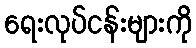
ရေးလုပ်ငန်းများကို